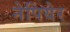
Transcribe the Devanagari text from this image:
नेपियेर